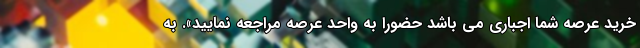
خرید عرصه شما اجباری می باشد حضورا به واحد عرصه مراجعه نمایید». به